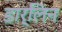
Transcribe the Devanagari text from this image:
डार्लिन